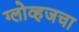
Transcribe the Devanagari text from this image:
ग्लोव्हजचा